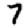
Digit: 7